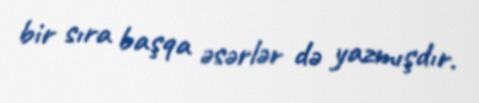
bir sıra başqa əsərlər də yazmışdır.